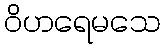
ဝိဟရေမသေ